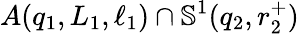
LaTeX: A\! \left(q_{1},L_{1},\ell_{1}\right)\cap\mathbb{S}^{1}(q_{2},r_{2}^{+})